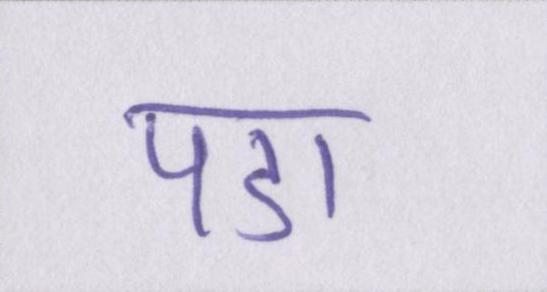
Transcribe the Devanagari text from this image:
पडा